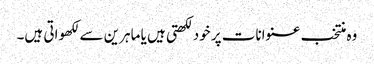
وہ منتخب عنوانات پر خود لکھتی ہیں یا ماہرین سے لکھواتی ہیں۔